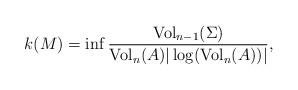
LaTeX: \begin{align*}k(M)=\inf \frac{{\rm Vol}_{n-1}(\Sigma)}{{\rm Vol}_n(A)|\log ({\rm Vol}_n(A))|},\end{align*}